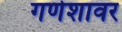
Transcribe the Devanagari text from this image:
गणेशावर